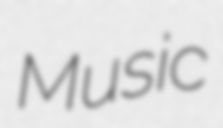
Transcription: Music